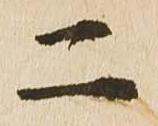
二